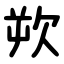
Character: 欮